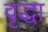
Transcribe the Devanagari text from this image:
वृृद्धा